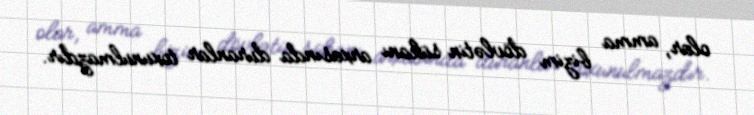
olar, amma bizim dövlətin sükanı arxasında duranlar toxunulmazdır.